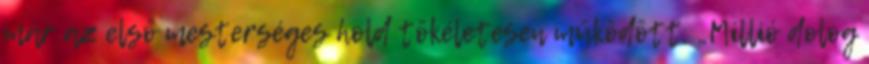
már az első mesterséges hold tökéletesen működött. „Millió dolog